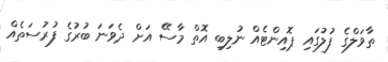
ތާވަލްގެ ފުލުގައި ޕޮއިންޓެއް ނުލިބި އޮތް މާސޭ އަށް ދެވަނަ ބުރުގެ ފުރުސަތެއް